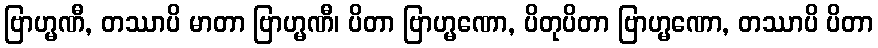
ဗြာဟ္မဏီ, တဿာပိ မာတာ ဗြာဟ္မဏီ၊ ပိတာ ဗြာဟ္မဏော, ပိတုပိတာ ဗြာဟ္မဏော, တဿာပိ ပိတာ